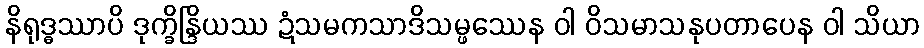
နိရုဒ္ဓဿာပိ ဒုက္ခိန္ဒြိယဿ ဍံသမကသာဒိသမ္ဖဿေန ဝါ ဝိသမာသနုပတာပေန ဝါ သိယာ